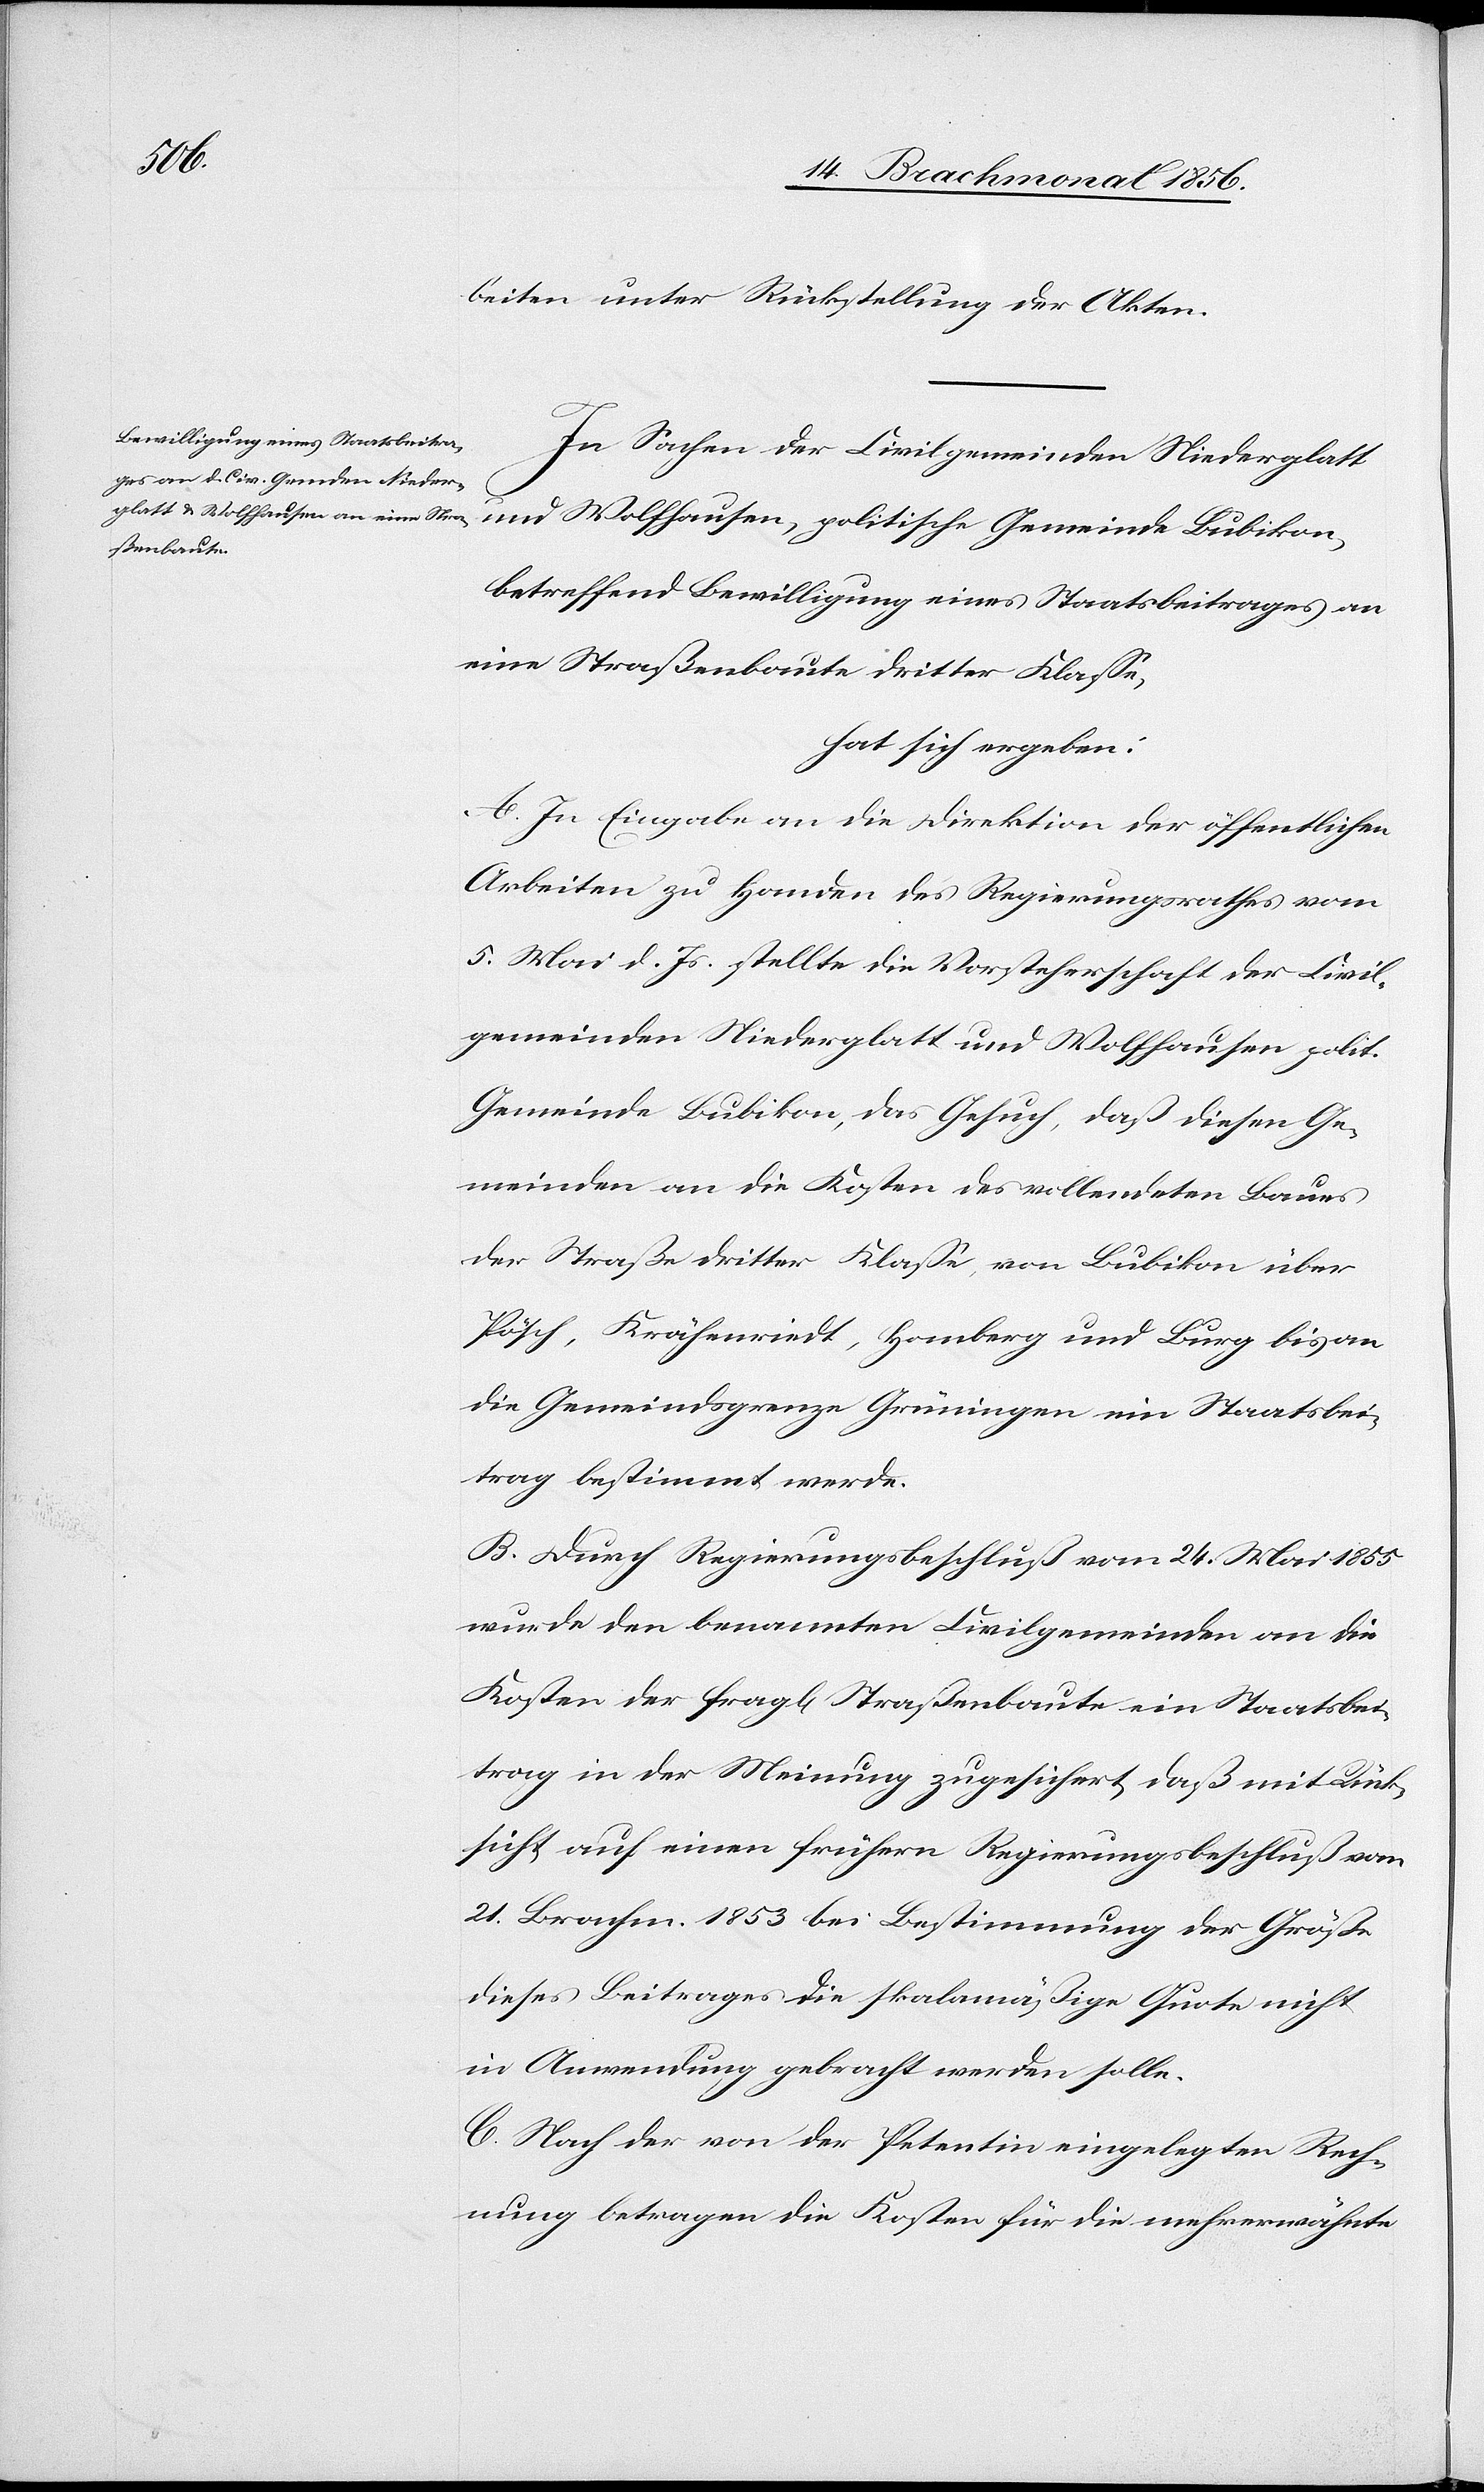
beiten unter Rückstellung der Akten.
In Sachen der Civilgemeinden Niederglatt
und Wolfhausen, politische Gemeinde Bubikon,
betreffend Bewilligung eines Staatsbeitrages an
eine Straßenbaute dritter Klasse,
hat sich ergeben:
A. In Eingabe an die Direktion der öffentlichen
Arbeiten zu Handen des Regierungsrathes vom
5. Mai d. Js. stellte die Vorsteherschaft der Civil¬
gemeinden Niederglatt und Wolfhausen polit.
Gemeinde Bubikon, das Gesuch, daß diesen Ge¬
meinden an die Kosten des vollendeten Baues
der Straße dritter Klasse von Bubikon über
Pösch, Krähenriedt, Homberg und Burg bis an
die Gemeindsgrenze Grüningen ein Staatsbei¬
trag bestimmt werde.
B. Durch Regierungsbeschluß vom 24. Mai 1855
wurde den benannten Civilgemeinden an die
Kosten der fragl[ichen] Straßenbaute ein Staatsbei¬
trag in der Meinung zugesichert, daß mit Rück¬
sicht auf einen frühern Regierungsbeschluß vom
21. Brachm. 1853 bei Bestimmung der Größe
dieses Beitrages die skalamäßige Quote nicht
in Anwendung gebracht werden solle.
C. Nach der von der Petentin eingelegten Rech¬
nung betragen die Kosten für die mehrerwähnte